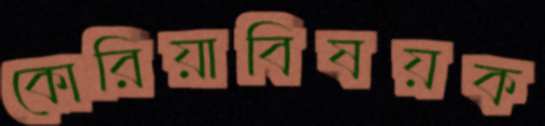
কোরিয়াবিষয়ক